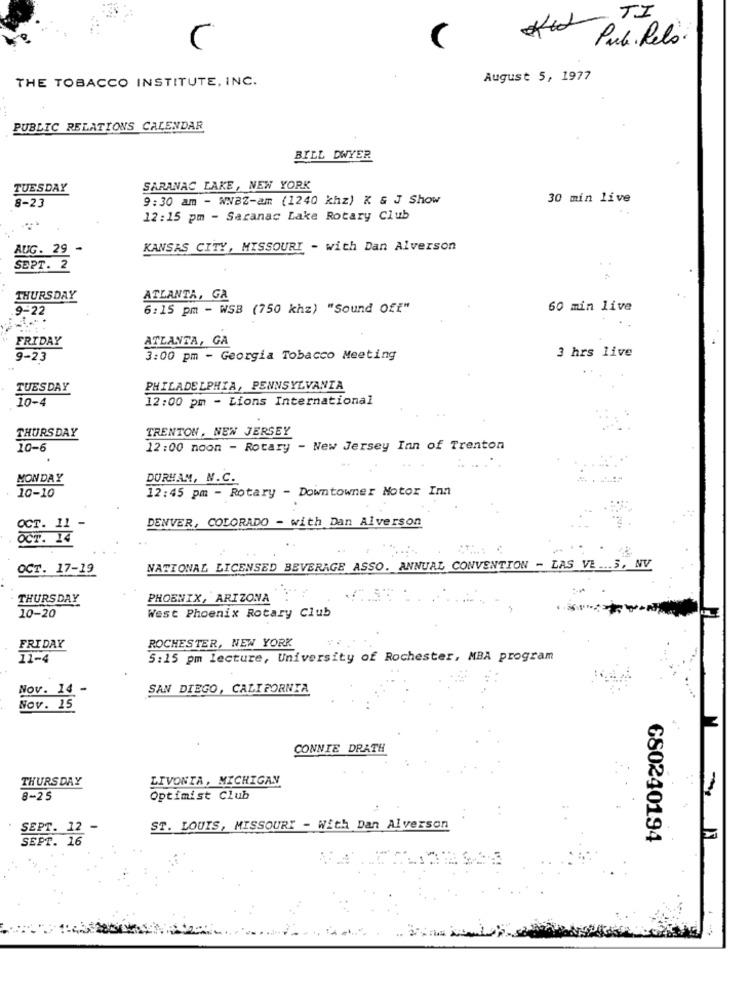
Ked TI
C
Pub. Relo
THE TOBACCO INSTITUTE, INC.
August 5, 1977
. ...
PUBLIC RELATIONS CALENDAR
BILL DWYER
TUESDAY
SARANAC LAKE, NEW YORK
8-23
9:30 am - WWBZ-am (1240 khz) K & J Show
30 min live
12:15 pm - Saranac Lake Rotary Club
AUG. 29 -
KANSAS CITY, MISSOURI - with Dan Alverson
SEPT. 2
..
THURSDAY
ATLANTA, GA
9-22
6:15 pm - WSB (750 khz) "Sound Off"
60 min live
FRIDAY
ATLANTA, GA
9-23
3:00 pm - Georgia Tobacco Meeting
3 hrs live
TUESDAY
PHILADELPHIA, PENNSYLVANIA
12:00 pm - Lions International
10-4
TRENTON, NEW JERSEY
THURSDAY
10-6
12:00 noon - Rotary - New Jersey Inn of Trenton
MONDAY
DURHAM, N.C.
12:45 pm - Rotary - Downtowner Motor Inn
10-10
DENVER, COLORADO - with Dan Alverson
OCT. 11
OCT. 14
OCT. 17-19
NATIONAL LICENSED BEVERAGE ASSO. ANNUAL CONVENTION - LAS VE ... 5, NV
THURSDAY
PHOENIX, ARIZONA
West Phoenix Rotary Club
10-20
ROCHESTER, NEW YORK
FRIDAY
11-4
5:15 pm lecture, University of Rochester, MBA program
Nov. 14 -
SAN DIEGO, CALIFORNIA
Nov. 15
CONNIE DRATH
THURSDAY
LIVONIA, MICHIGAN
8-25
Optimist Club
SEPT. 12 -
ST. LOUIS, MISSOURI - With Dan Alverson
SEPT. 16
680240194